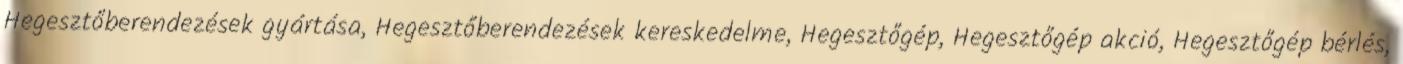
Hegesztőberendezések gyártása, Hegesztőberendezések kereskedelme, Hegesztőgép, Hegesztőgép akció, Hegesztőgép bérlés,